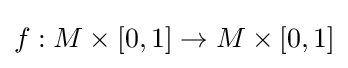
f:M\times [0,1]\to M\times [0,1]